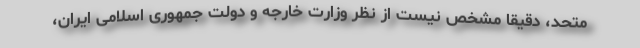
متحد، دقیقا مشخص نیست از نظر وزارت خارجه و دولت جمهوری اسلامی ایران،